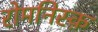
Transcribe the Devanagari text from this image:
रोमनिस्क़